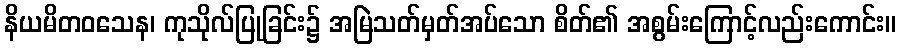
နိယမိတဝသေန၊ ကုသိုလ်ပြုခြင်း၌ အမြဲသတ်မှတ်အပ်သော စိတ်၏ အစွမ်းကြောင့်လည်းကောင်း။